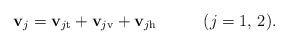
LaTeX: \begin{align*} \mathbf{v}_j=\mathbf{v}_{j\mathrm{t}}+\mathbf{v}_{j\mathrm{v}}+\mathbf{v}_{j\mathrm{h}} \,\,\,\,\,\, \,\,\,\,\,\,\,\,\,\,\, (j=1,\,2).\end{align*}